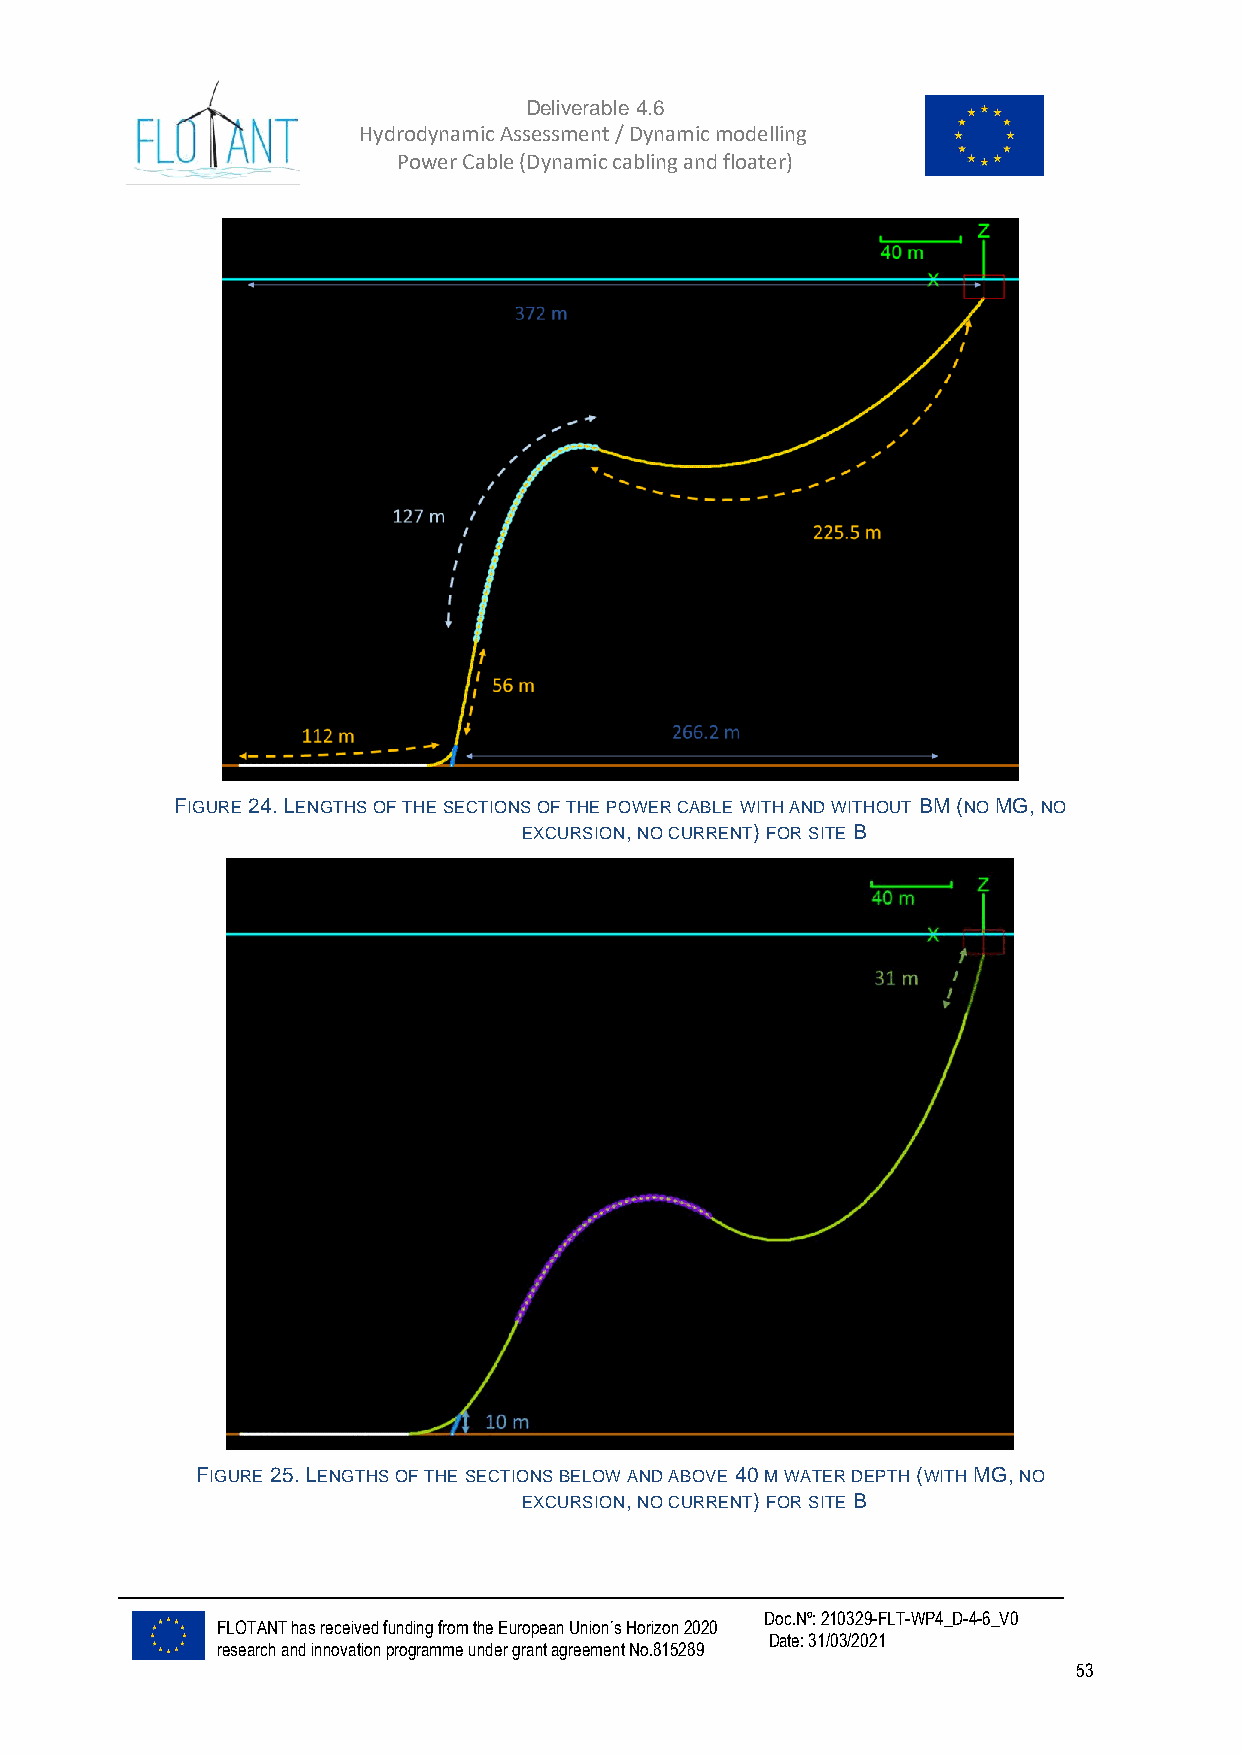
Deliverable 4.6
 Hydrodynamic Assessment / Dynamic modelling of
 Power Cable (Dynamic cabling and floater)
 FIGURE 24. LENGTHS OF THE SECTIONS OF THE POWER CABLE WITH AND WITHOUT BM (NO MG, NO
 EXCURSION, NO CURRENT) FOR SITE B
 FIGURE 25. LENGTHS OF THE SECTIONS BELOW AND ABOVE 40 M WATER DEPTH (WITH MG, NO
 EXCURSION, NO CURRENT) FOR SITE B
 Doc.Nº: 210329-FLT-WP4_D-4-6_V0
 FLOTANT has received funding from the European Union´s Horizon 2020
 Date: 31/03/2021
 research and innovation programme under grant agreement No.815289
 53